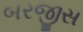
બરજીસ